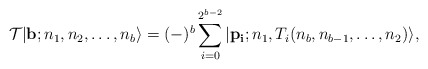
\begin{align*}{\cal T}|{\bf b}; n_1,n_2,\ldots,n_b\rangle=(-)^b\sum_{i=0}^{2^{b-2}}|{\bf p_i}; n_1,T_i(n_b,n_{b-1},\ldots, n_2)\rangle,\end{align*}